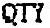
QTY